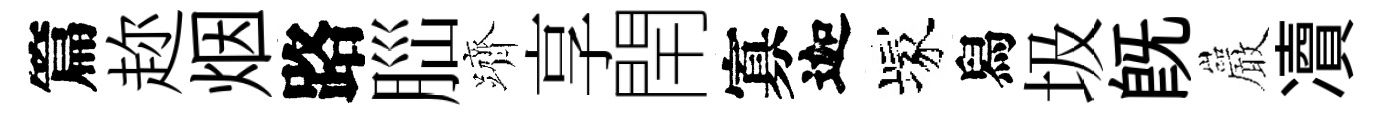
篇趂烟路𦛁躋享閈寡迦塚舄圾既巖凟